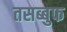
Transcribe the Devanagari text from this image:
तसब्बुफ